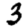
Digit: 3